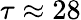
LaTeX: \tau\approx 28